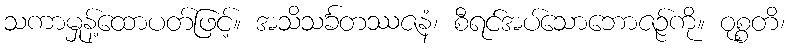
သကာမှုန့်ထောပတ်ဖြင့်။ အသိသင်္ခတဿဇနံ၊ စီရင်အပ်သောဘောဇဉ်ကို။ ဝုစ္စတိ၊